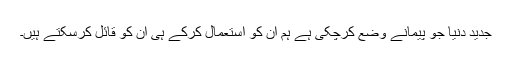
جدید دنیا جو پیمانے وضع کرچکی ہے ہم ان کو استعمال کرکے ہی ان کو قائل کرسکتے ہیں۔